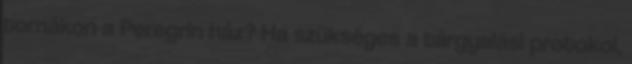
tornákon a Peregrin ház? Ha szükséges a tárgyalási protokol,